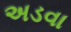
અડવા